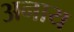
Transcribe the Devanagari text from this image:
अनाय